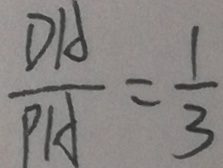
\frac { D A } { P A } = \frac { 1 } { 3 }